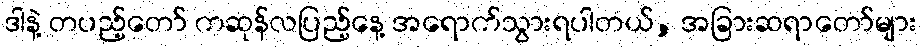
ဒါနဲ့ တပည့်တော် ကဆုန်လပြည့်နေ့ အရောက်သွားရပါတယ်, အခြားဆရာတော်များ